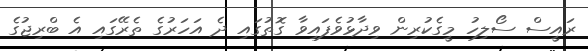
ރައީސް ސޯލިހު މީގެކުރިން ވިދާޅުވެފައިވާ ގޮތުގައި ދެ އަހަރުގެ ތެރޭގައި އެ ބްރިޖުގެ